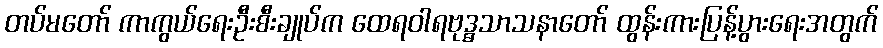
တပ်မတော် ကာကွယ်ရေးဦးစီးချုပ်က ထေရဝါရဗုဒ္ဓသာသနာတော် ထွန်းကားပြန့်ပွားရေးအတွက်